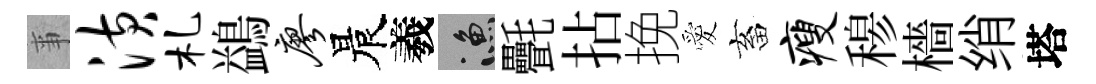
亊潢札鷁廖晨羲漁㲲拈挽愛畜瘦𥠇檣绡塔